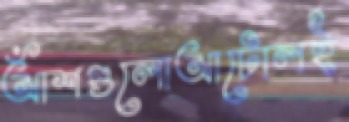
আঁশগুলোআটোলই